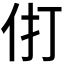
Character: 𰁫